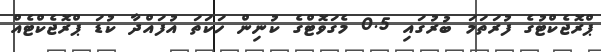
ޕްރޮޖެކްޓުގެ ފުރަތަމަ ބުރުގައި 0.5 މެގަވޮޓްގެ ކުނިން ހަކަތަ އުފައްދާ ކުޑަ ޕްރޮޖެކްޓެއް